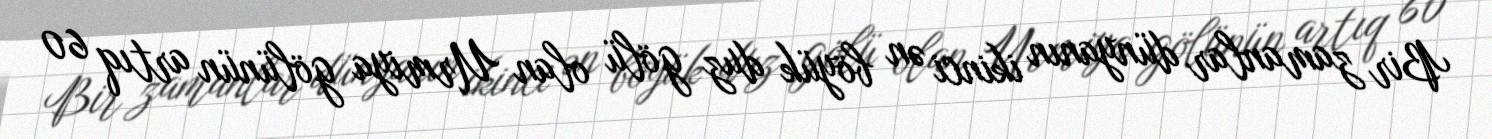
Bir zamanlar dünyanın ikinci ən böyük duz gölü olan Urmiya gölünün artıq 60